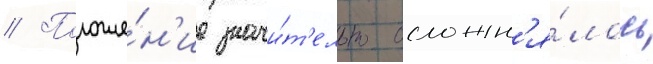
// Положе́н'ие значи́т'ельно осложн'я́лось